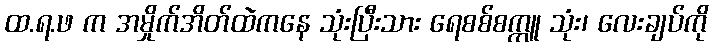
ထ.ရ.ဖ က အမှိုက်အိတ်ထဲကနေ သုံးပြီးသား ရေစစ်စက္ကူ သုံး၊ လေးချပ်ကို